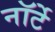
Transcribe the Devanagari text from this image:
नॉर्टे